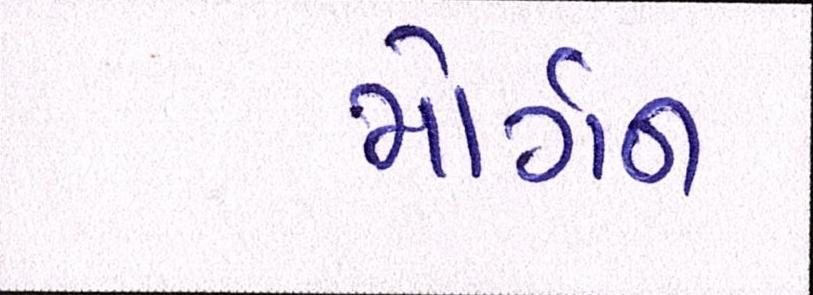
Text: મોર્ગન